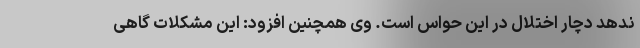
ندهد دچار اختلال در این حواس است. وی همچنین افزود: این مشکلات گاهی